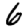
Digit: 6